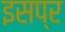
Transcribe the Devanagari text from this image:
इसप्र